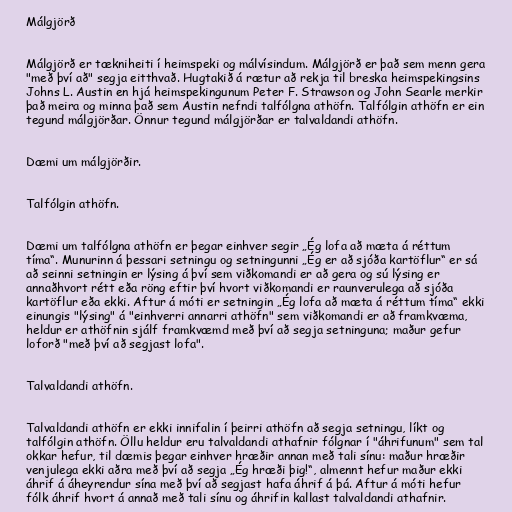
Málgjörð

Málgjörð er tækniheiti í heimspeki og málvísindum. Málgjörð er það sem menn gera
"með því að" segja eitthvað. Hugtakið á rætur að rekja til breska heimspekingsins
Johns L. Austin en hjá heimspekingunum Peter F. Strawson og John Searle merkir
það meira og minna það sem Austin nefndi talfólgna athöfn. Talfólgin athöfn er ein
tegund málgjörðar. Önnur tegund málgjörðar er talvaldandi athöfn.

Dæmi um málgjörðir.

Talfólgin athöfn.

Dæmi um talfólgna athöfn er þegar einhver segir „Ég lofa að mæta á réttum
tíma“. Munurinn á þessari setningu og setningunni „Ég er að sjóða kartöflur“ er sá
að seinni setningin er lýsing á því sem viðkomandi er að gera og sú lýsing er
annaðhvort rétt eða röng eftir því hvort viðkomandi er raunverulega að sjóða
kartöflur eða ekki. Aftur á móti er setningin „Ég lofa að mæta á réttum tíma“ ekki
einungis "lýsing" á "einhverri annarri athöfn" sem viðkomandi er að framkvæma,
heldur er athöfnin sjálf framkvæmd með því að segja setninguna; maður gefur
loforð "með því að segjast lofa".

Talvaldandi athöfn.

Talvaldandi athöfn er ekki innifalin í þeirri athöfn að segja setningu, líkt og
talfólgin athöfn. Öllu heldur eru talvaldandi athafnir fólgnar í "áhrifunum" sem tal
okkar hefur, til dæmis þegar einhver hræðir annan með tali sínu: maður hræðir
venjulega ekki aðra með því að segja „Ég hræði þig!“, almennt hefur maður ekki
áhrif á áheyrendur sína með því að segjast hafa áhrif á þá. Aftur á móti hefur
fólk áhrif hvort á annað með tali sínu og áhrifin kallast talvaldandi athafnir.